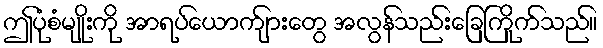
ဤပုံစံမျိုးကို အာရပ်ယောက်ျားတွေ အလွန်သည်းခြေကြိုက်သည်။